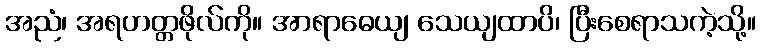
အညံ၊ အရဟတ္တဖိုလ်ကို။ အာရာဓေယျ သေယျထာပိ၊ ပြီးစေရာသကဲ့သို့။